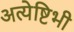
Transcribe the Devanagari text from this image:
अत्येष्टिभी